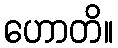
ဟောတိ။